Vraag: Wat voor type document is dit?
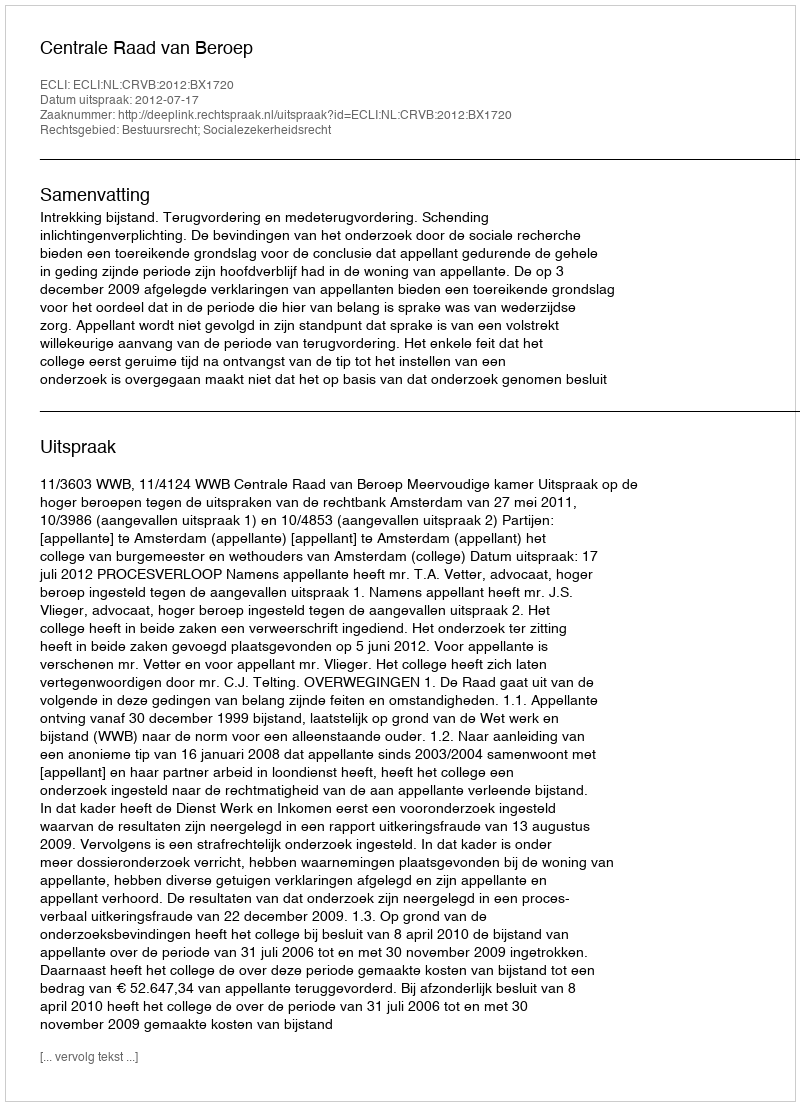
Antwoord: Uitspraak